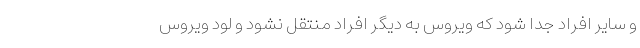
و سایر افراد جدا شود که ویروس به دیگر افراد منتقل نشود و لود ویروس